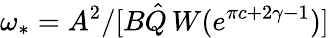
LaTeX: \omega_{*}=A^{2}/[B\hat{Q}\, W(e^{\pi c+2\gamma-1})]